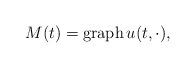
LaTeX: \begin{align*}M(t) = \mathrm{graph } \, u(t, \cdot),\end{align*}